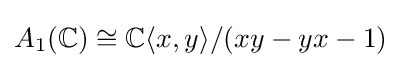
A_{1}(\mathbb {C} )\cong \mathbb {C} \langle x,y\rangle /(xy-yx-1)